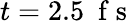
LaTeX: t=2.5~\mathrm{~f~s~}